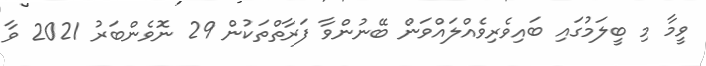
ވީމާ މި ބީލަމުގައި ބައިވެރިވެއްލައްވަން ބޭނުންވާ ފަރާތްތަކުން 29 ނޮވެންބަރު 2021 ވާ